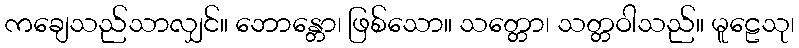
ကချေသည်သာလျှင်။ ဘောန္တော၊ ဖြစ်သော။ သတ္တော၊ သတ္တဝါသည်။ မူဠေသု၊